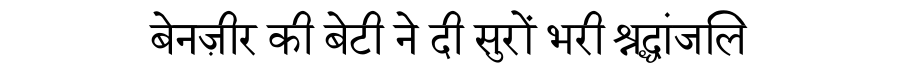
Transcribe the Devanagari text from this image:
बेनज़ीर की बेटी ने दी सुरों भरी श्रद्धांजलि